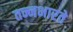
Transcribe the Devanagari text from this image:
तन्नभारते